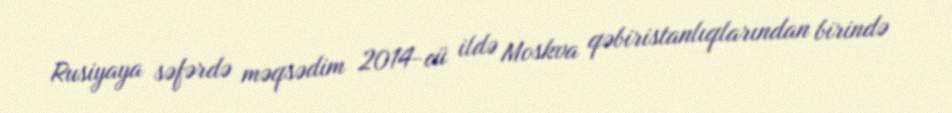
Rusiyaya səfərdə məqsədim 2014-cü ildə Moskva qəbiristanlıqlarından birində